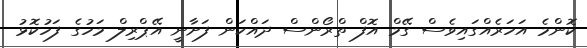
ކޮންމެ އަހަރެއްގައިވެސް ގޭމް އޮފް ތްރޯންސް ދައްކަން ފަށާނީ އޭޕްރިލް މަހުގެ ފަހުކޮޅު